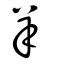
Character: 羊